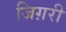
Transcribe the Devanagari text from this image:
जिग़री